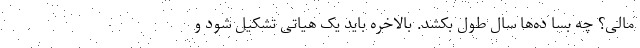
مالی؟ چه بسا ده‌ها سال طول بکشد. بالاخره باید یک هیاتی تشکیل شود و